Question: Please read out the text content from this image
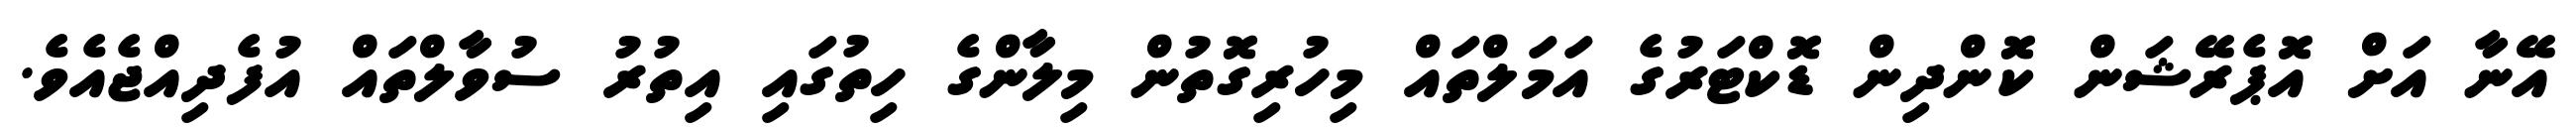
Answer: އޭނާ އަށް އޮޕެރޭޝަން ކޮންދިން ޑޮކްޓަރުގެ އަމަލްތައް މިހުރިގޮތުން މިލާންގެ ހިތުގައި އިތުރު ސުވާލްތައް އުފެދިއްޖެއެވެ.